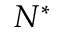
N ^ { * }